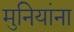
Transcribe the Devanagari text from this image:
मुनियांना